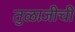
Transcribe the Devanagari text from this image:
तुळाजीची